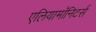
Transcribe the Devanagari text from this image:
एलियामॉनिटर्स